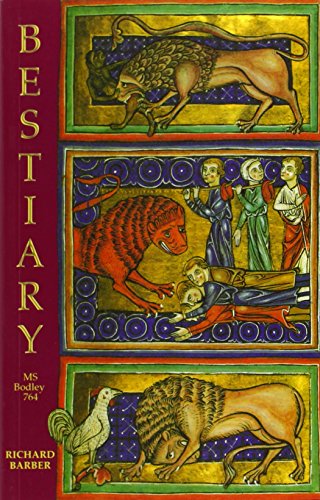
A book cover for Bestiary: Being an English Version of the Bodleian Library, Oxford, MS Bodley 764; Richard Barber; Literature & Fiction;